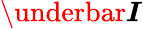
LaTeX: \boldsymbol{\underbar I}